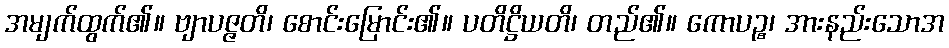
အမျက်ထွက်၏။ ဗျာပဇ္ဇတိ၊ စောင်းမြောင်း၏။ ပတိဋ္ဌိယတိ၊ တည်၏။ ကောပဉ္စ၊ အားနည်းသောအ